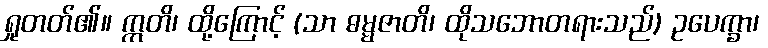
ရှုတတ်၏။ ဣတိ၊ ထို့ကြောင့် (သာ ဓမ္မဇာတိ၊ ထိုသဘောတရားသည်) ဥပေက္ခာ၊